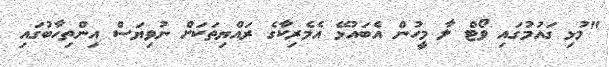
"މުޅި ގައުމުގައި ވޯޓް ލާ މީހުން އެބައުޅޭ އެމެރިކާގެ ރައްޔިތަކަށް ނުވިޔަސް އިންތިހާބުގައި